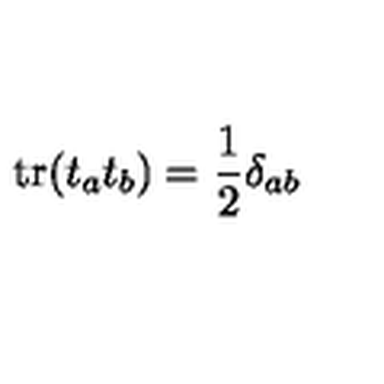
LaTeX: \mathrm { t r } ( t _ { a } t _ { b } ) = \frac { 1 } { 2 } \delta _ { a b }